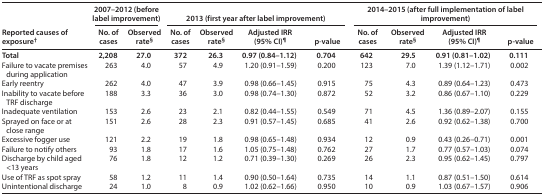
<table><thead><tr><td rowspan="2"><b>Reported causes of exposure<sup>†</sup></b></td><td colspan="2"><b>2007–2012 (before label improvement)</b></td><td colspan="4"><b>2013 (first year after label improvement)</b></td><td colspan="4"><b>2014–2015 (after full implementation of label improvement)</b></td></tr><tr><td><b>No. of cases</b></td><td><b>Observed rate<sup>§</sup></b></td><td><b>No. of cases</b></td><td><b>Observed rate<sup>§</sup></b></td><td><b>Adjusted IRR (95% CI)<sup>¶</sup></b></td><td><b>p<i>-</i>value</b></td><td><b>No. of cases</b></td><td><b>Observed rate<sup>§</sup></b></td><td><b>Adjusted IRR (95% CI)<sup>¶</sup></b></td><td><b>p-value</b></td></tr></thead><tbody><tr><td><b>Total</b></td><td><b>2,208</b></td><td><b>27.0</b></td><td><b>372</b></td><td><b>26.3</b></td><td><b>0.97 (0.84–1.12)</b></td><td><b>0.704</b></td><td><b>642</b></td><td><b>29.5</b></td><td><b>0.91 (0.81–1.02)</b></td><td><b>0.111</b></td></tr><tr><td>Failure to vacate premises during application</td><td>263</td><td>4.0</td><td>57</td><td>4.9</td><td>1.20 (0.91–1.59)</td><td>0.200</td><td>123</td><td>7.0</td><td>1.39 (1.12–1.71)</td><td>0.002</td></tr><tr><td>Early reentry</td><td>262</td><td>4.0</td><td>47</td><td>3.9</td><td>0.98 (0.66–1.45)</td><td>0.915</td><td>75</td><td>4.3</td><td>0.89 (0.64–1.23)</td><td>0.473</td></tr><tr><td>Inability to vacate before TRF discharge</td><td>188</td><td>3.3</td><td>36</td><td>3.0</td><td>0.98 (0.74–1.30)</td><td>0.872</td><td>52</td><td>3.2</td><td>0.86 (0.67–1.10)</td><td>0.229</td></tr><tr><td>Inadequate ventilation</td><td>153</td><td>2.6</td><td>23</td><td>2.1</td><td>0.82 (0.44–1.55)</td><td>0.549</td><td>71</td><td>4.5</td><td>1.36 (0.89–2.07)</td><td>0.155</td></tr><tr><td>Sprayed on face or at close range</td><td>151</td><td>2.6</td><td>28</td><td>2.3</td><td>0.91 (0.57–1.45)</td><td>0.685</td><td>41</td><td>2.6</td><td>0.92 (0.62–1.38)</td><td>0.700</td></tr><tr><td>Excessive fogger use</td><td>121</td><td>2.2</td><td>19</td><td>1.8</td><td>0.98 (0.65–1.48)</td><td>0.934</td><td>12</td><td>0.9</td><td>0.43 (0.26–0.71)</td><td>0.001</td></tr><tr><td>Failure to notify others</td><td>93</td><td>1.8</td><td>17</td><td>1.6</td><td>1.05 (0.75–1.48)</td><td>0.762</td><td>27</td><td>1.7</td><td>0.77 (0.57–1.03)</td><td>0.074</td></tr><tr><td>Discharge by child aged &lt;13 years</td><td>76</td><td>1.8</td><td>12</td><td>1.2</td><td>0.71 (0.39–1.30)</td><td>0.269</td><td>26</td><td>2.3</td><td>0.95 (0.62–1.45)</td><td>0.797</td></tr><tr><td>Use of TRF as spot spray</td><td>58</td><td>1.2</td><td>11</td><td>1.4</td><td>0.90 (0.50–1.64)</td><td>0.735</td><td>14</td><td>1.1</td><td>0.87 (0.51–1.50)</td><td>0.614</td></tr><tr><td>Unintentional discharge</td><td>24</td><td>1.0</td><td>8</td><td>0.9</td><td>1.02 (0.62–1.66)</td><td>0.950</td><td>10</td><td>0.9</td><td>1.03 (0.67–1.57)</td><td>0.906</td></tr></tbody></table>